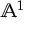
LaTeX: \mathbb { A } ^ { 1 }